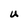
Character: U